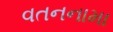
વતનનામા